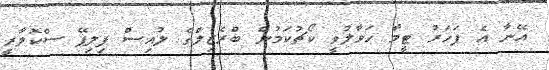
އޭނާ އެ ފަހަރު ޓީމާ ހަވާލުވީ ކޯޗުކަމުން ބްރެޒިލްގެ ލުއިސް ފިލިޕޭ ސްކޮލާރީ